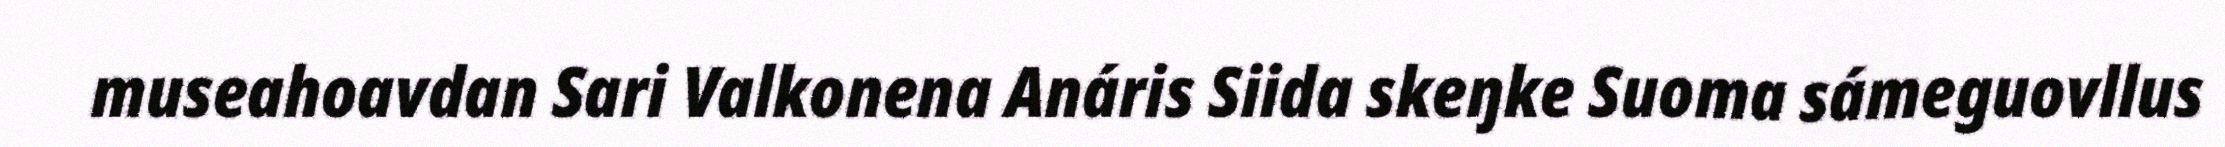
museahoavdan Sari Valkonena Anáris Siida skeŋke Suoma sámeguovllus